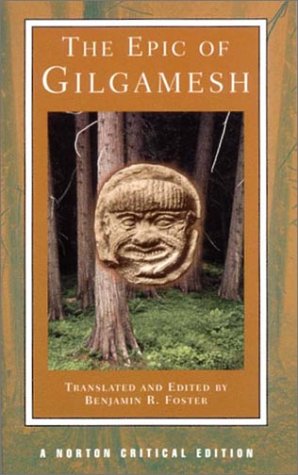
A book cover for The Epic of Gilgamesh (Norton Critical Editions); Literature & Fiction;